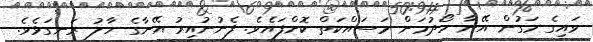
ވައިގެ މަގުން އޭނާ ހޯދުމަށް މަސައްކަތް ކޮށްފައެވެ. ފެނުނުއިރު އޭނާގެ ހާލު ރަނގަޅެވެ.